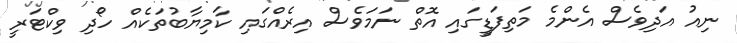
ނިއު އަދިވެސް އެންމެ މަތިފަޑީގައި އޮތް ނަމަވެސް އިރެއްގައި ކާމިޔާބުތަކެއް ހޯދި ވިކްޓަރީ